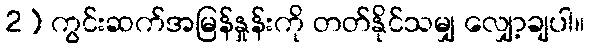
2) ကွင်းဆက်အမြန်နှုန်းကို တတ်နိုင်သမျှ လျှော့ချပါ။